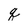
Character: q